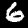
Digit: 6